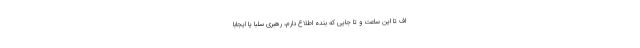
اف تا این ساعت و تا جایی که بنده اطلاع دارم، رهبری سلباً یا ایجاباً